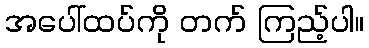
အပေါ်ထပ်ကို တက် ကြည့်ပါ။